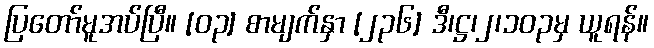
ပြတော်မူအပ်ပြီ။ [၀၃] စာမျက်နှာ [၂၃၆] ဒီ၊ဋ္ဌ၊၂၊၁၀၃မှ ယူရန်။